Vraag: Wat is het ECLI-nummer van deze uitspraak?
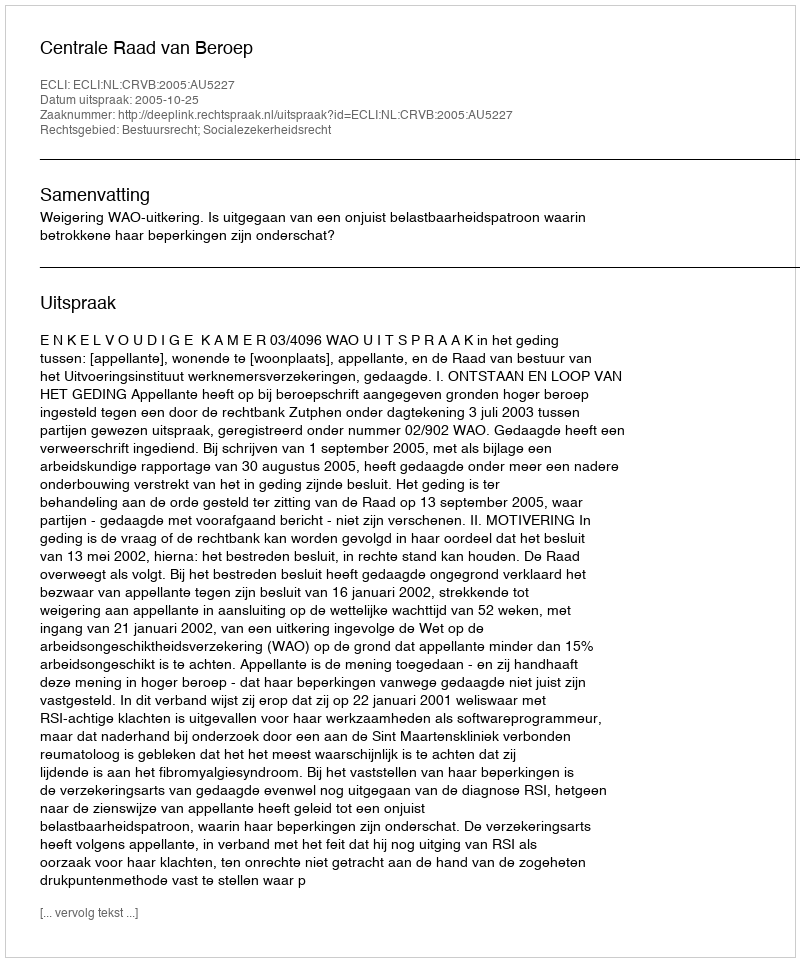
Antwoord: ECLI:NL:CRVB:2005:AU5227